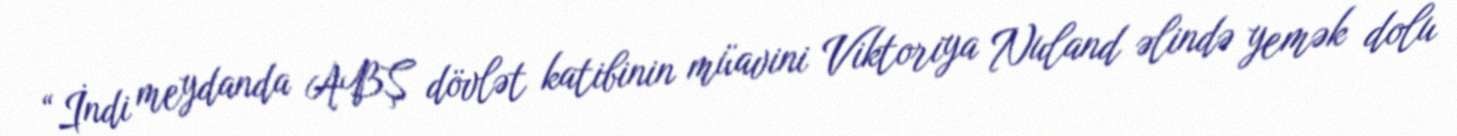
“İndi meydanda ABŞ dövlət katibinin müavini Viktoriya Nuland əlində yemək dolu